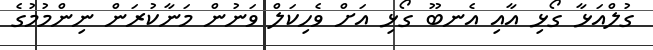
ގުލްއަޅާ ގޯޅި އާއި އެނބޫ ގޯޅި އަށް ވެހިކަލް ވަނުން މަނާކުރަން ނިންމުމުގެ